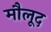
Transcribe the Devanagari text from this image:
मौलूद